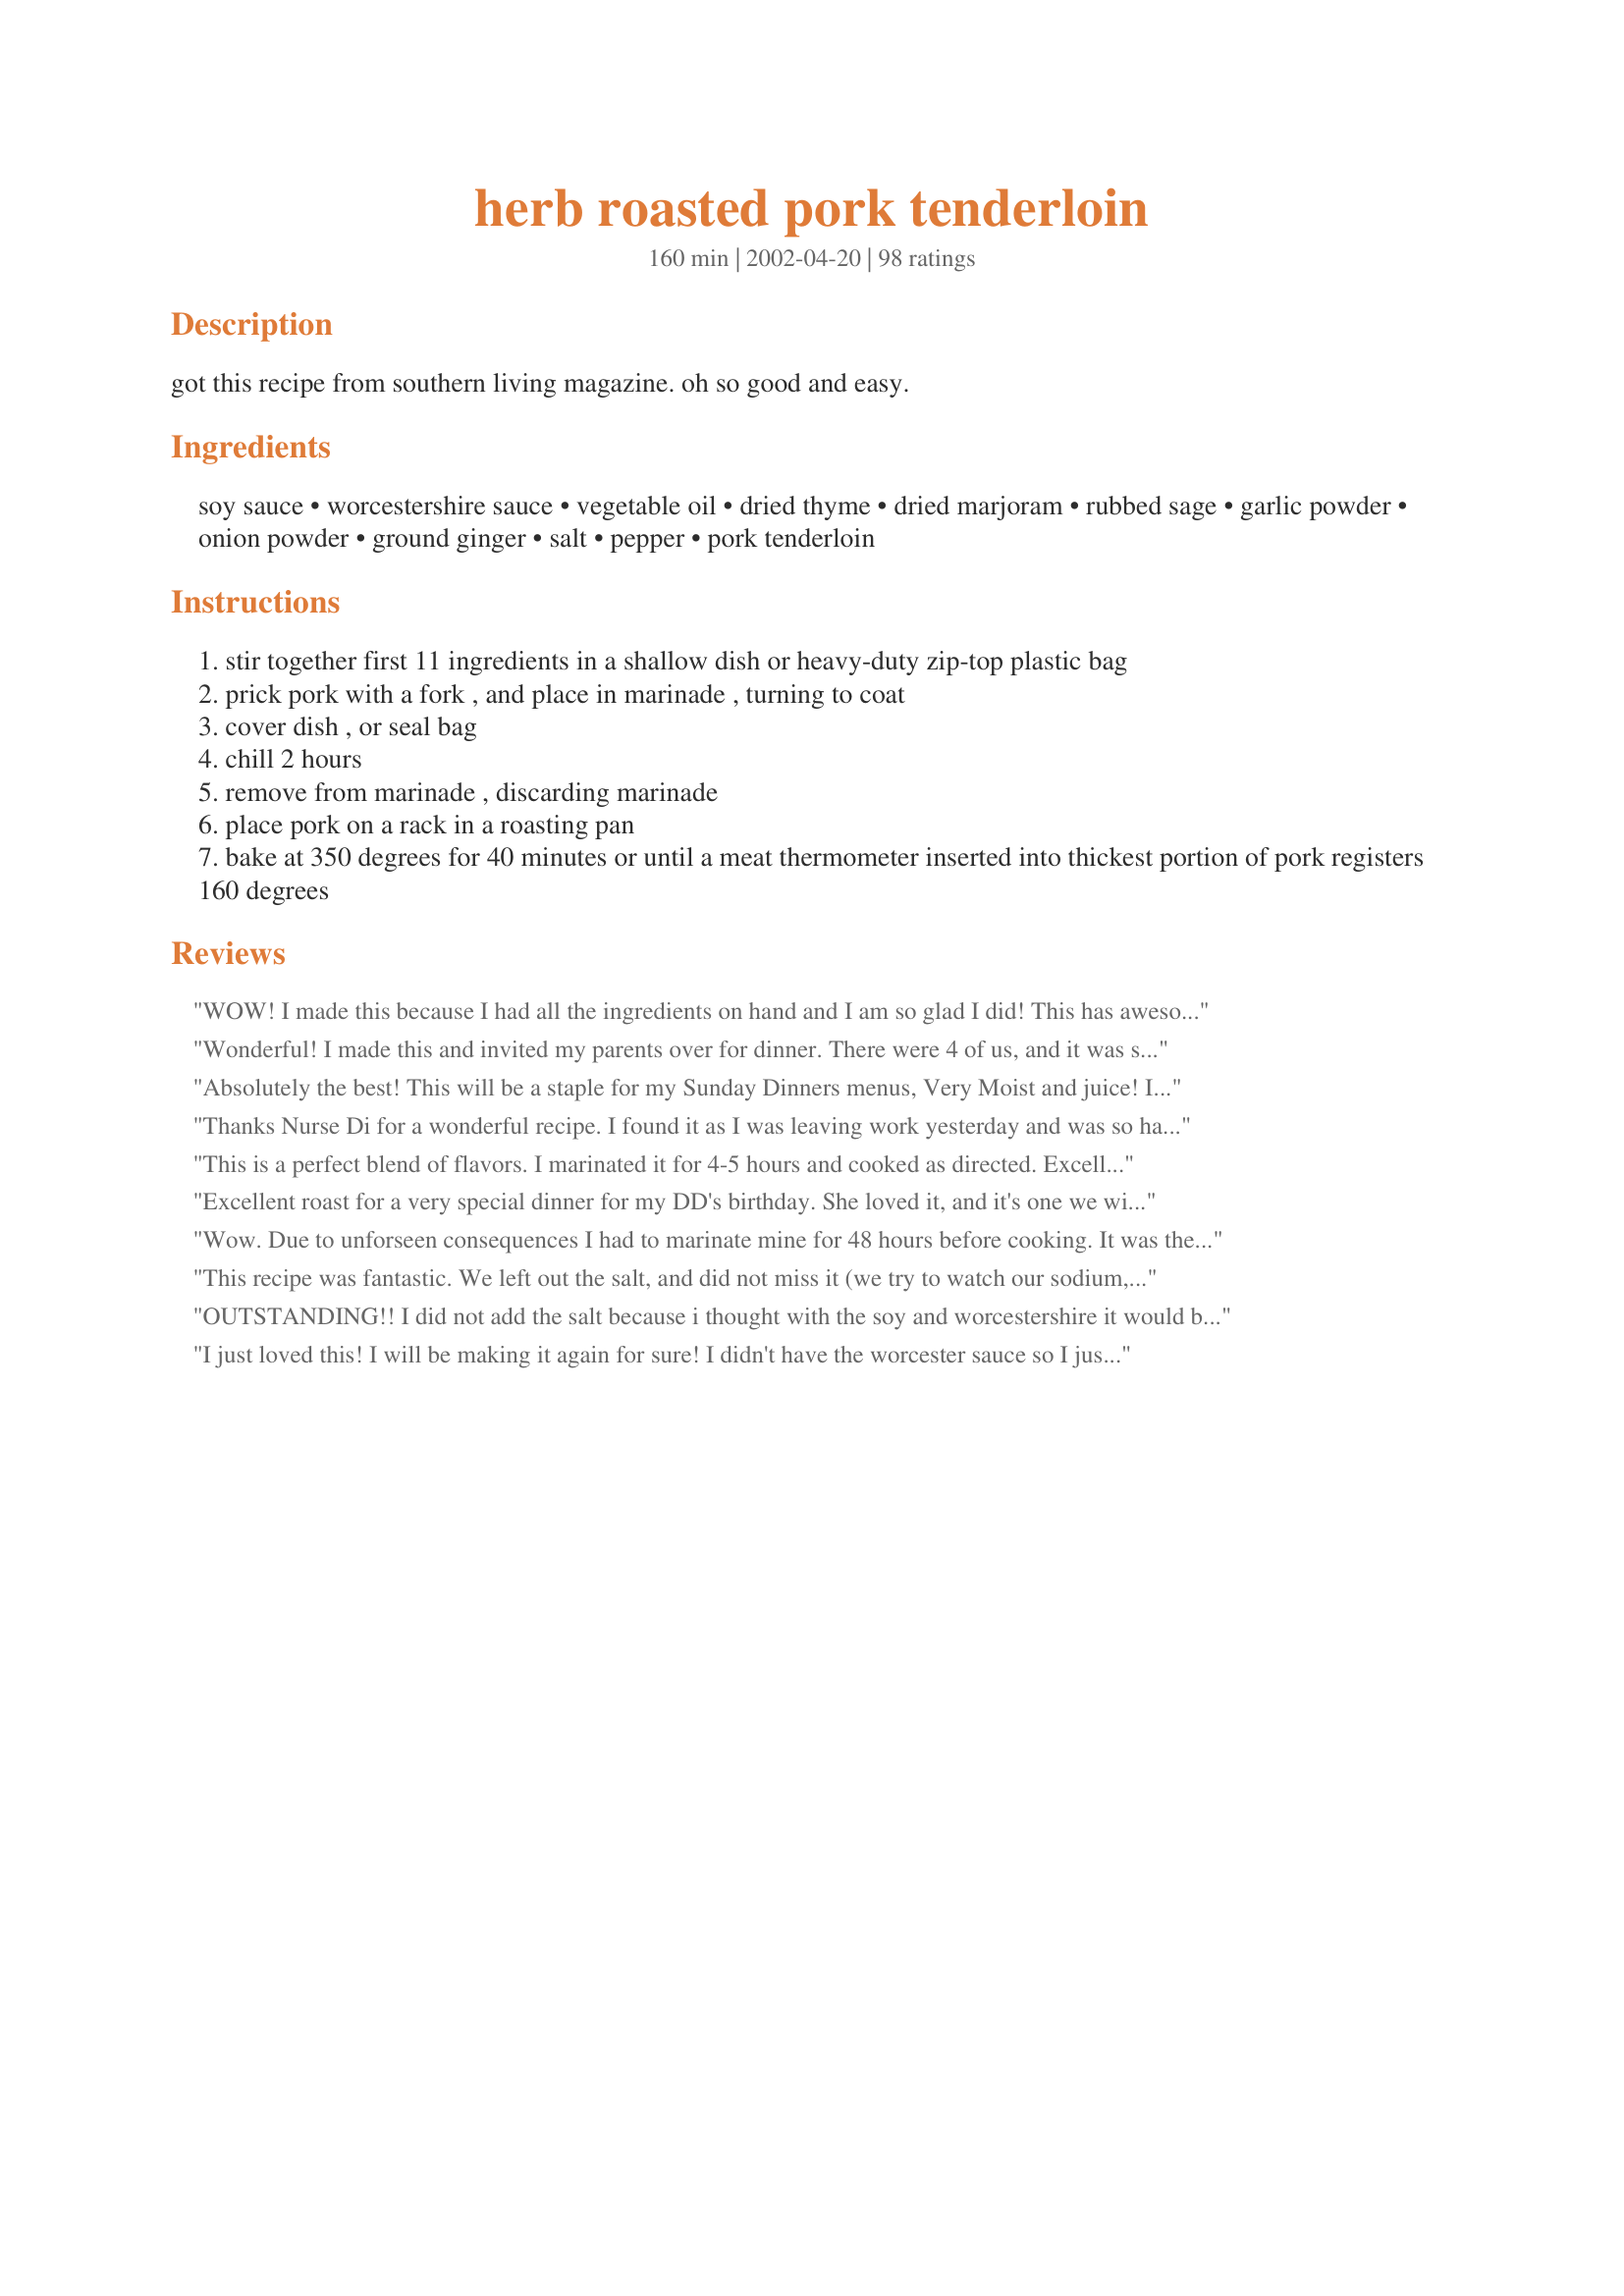
herb roasted pork tenderloin
Preparation time: 160 minutes

got this recipe from southern living magazine. oh so good and easy.

Ingredients:
soy sauce, worcestershire sauce, vegetable oil, dried thyme, dried marjoram, rubbed sage, garlic powder, onion powder, ground ginger, salt, pepper, pork tenderloin

Steps:
stir together first 11 ingredients in a shallow dish or heavy-duty zip-top plastic bag
prick pork with a fork , and place in marinade , turning to coat
cover dish , or seal bag
chill 2 hours
remove from marinade , discarding marinade
place pork on a rack in a roasting pan
bake at 350 degrees for 40 minutes or until a meat thermometer inserted into thickest portion of pork registers 160 degrees

Reviews:
WOW! I made this because I had all the ingredients on hand and I am so glad I did! This has awesome flavour! I am going to go suggest this to my WW buddies!
Wonderful! I made this and invited my parents over for dinner. There were 4 of us, and it was so good that their were no leftovers. I marinated for about 20 hours and then grilled outdoors rather than roasting in the oven. Thank you for sharing this recipe.
Absolutely the best! This will be a staple for my Sunday Dinners menus, Very Moist and juice!
I add extra marinade in the last 15 minutes of cooking and sliced the Poke in to slices. I served it with Garlic Butter Baby Potatoes.
Thanks Nurse Di for a wonderful recipe. I found it as I was leaving work yesterday and was so happy that I knew I had all of the ingredients at home. Only was able to marinade for 1 1/2hours, so I cooked the tenderloin in the marinade. It made my dish pretty messy, but the meat was wonderful. Had to cook about 15 minutes longer that your original 45 mintues and then let it rest for 10 minutes before cutting into it. Wasn't a big deal for me as it gave me extra time to make the side dishes. The ONLY thing I think I will admit next time I make this is the tsp of salt. I think the soy sauce has enough saltiness to it. Thanks again for a great recipe, DH enjoyed it and picky DS actually ate 2 pieces and he never eats pork tenderloin. :)
This is a perfect blend of flavors. I marinated it for 4-5 hours and cooked as directed. Excellent pork tenderloin recipe! Thanks for posting.
Excellent roast for a very special dinner for my DD's birthday. She loved it, and it's one we will surely have again!
Wow. Due to unforseen consequences I had to marinate mine for 48 hours before cooking. It was the best tenderloin I can remember eating!
This recipe was fantastic. We left out the salt, and did not miss it (we try to watch our sodium, and the soy and w'shire have plenty). We reserved the marinade, brought to a boil, added a bit of beef stock and some cornstarch to thicken and it made a fantastic "gravy". Even with that extra step it was fantastically easy. The meat alone was so juicy, even delicious reheated as leftovers!!! Thank you!
OUTSTANDING!! I did not add the salt because i thought with the soy and worcestershire it would be salty enough.
I just loved this!
I will be making it again for sure!
I didn't have the worcester sauce so I just doubled the soy sauce and it worked great!
Very tender and juicy.
A must make for your family!
Just want to add my 5 stars to this excellent SL recipe! Don't let the long list of ingredients deter you - it's easy and good enough for company!
Super! I would use a little less sage next time as it overpowered a bit.
I made this exactly as shown. It was easy to do and made with ingredients I already had. The house smelled wonderful and all three generations I was feeding loved it! Tender, flavorful and juicy - perfection! Thanks for sharing this NurseDi.
I fixed this for supper this evening, I didn't have any marjoram, but I did have fresh rosemary, so I used that as a sub. It was awesome!! I also preheated my oven to 500 degrees and cooked the 1.5 lbs pork loin for 7 minutes then turned off the oven for 1 hour, letting the loin cook in the hot oven. It was perfect!
Really great! Tastes great and is really moist. Yummy!!!!!!!
The tenderloin did come out very tender and moist. It did take longer to cook in my oven. I think I would like to marinade longer next time. It was only 3 hours today. It had a nice flavor and was eaten by all.
This was a great marinade, a little tangy, a little salt...very different from my handed down way of doing a pork roast. I am happy I tried this. The family loved it, it was very moist and a definate keeper! Thanks so much for posting! (I also marinaated for almost 5 hours. This recipe is very adjustable on the time)
Yum! I let this marinate for five hours. The flavor was incredible.
Absolutely luscious! After marinating the pork I seared the pork in a little oil, laid it on a rack in a pan in the oven on 350* until it reached the 160*. When it was done I allowed it to rest 10 min. while it was resting I melted two tbl. butter with a dab of olive oil, pinch of thyme, and a few grinds of fresh black pepper. After slowly melting the butter combo, I drizzled this over the cut meat. It was like butter to cut and even better to eat. Everyone was in Heaven around the table. My son's gf was smiling.This is a keeper for sure! Thank you so very much for a delicious meal.
This was excellent! My whole family loved it, and it was so quick to put together. I think it would be even better on the grill once it's grill season. A definite keeper- thanks for sharing!
Delicious, I made this last night my son absolutely loved it, gave it a big 2 thumbs up. I did do what a couple of other people had done and that was strain left over marinade, add some white wine, boil, and thicken with a little cornflour. My son thought it was amazing, I have to say it was nice but I think it was way better plain and done just how the recipe states. The flavour that came through the marinade was enough and it came out tender and moist, so it didn't even need it, because it was a little dry. My hubby is out of town til tomorrow so I will look forward to making it again for him. There are times I change recipes or take other peoples suggestions as I did here. It is all down to personal choice but next time I will make exactly as is, I think it is perfect this way.
We really enjoyed this - DH loves porkloin (we were out of tenderloin). I followed the recipe exactly - not going to change a thing. An easy, delicious start to a great meal. Thanks.
First off, let me appologize for not rating this sooner...I really thought I had! I have been making this recipe now for about a year and a half and everyone always loves it! It's super easy and delicious! This deserves so much more than 5 stars!!! Thanks for a great recipe, I use this all the time! Yummmmm!!!
Wonderful! I left out the marjoram (had none on hand).
It was tender and moist.
Super easy!!! Will keep this in my rotation of dinners.
10 Star rating if I could!!! Excellent. My only problem <Kicks self in head> was that I only bought 1 tenderloin. I have never made this before and didnt know how much I would need. My 13 yo son devoured it. We all loved it alot. I did add 1 1/2 cloves minced garlic and 1/2 tsp of white pepper. Marinated for about 7 hours. It was fantastic!! Thanks for a great post!!
Karen
This roast was fantastic! Didn't need a knife to cut it. It was like butter! Fantastic flavor. Will be doing this again and again!
I tried this over the weekend and it is crazy good. We used boneless country-style pork ribs and threw 'em in the crock pot for about 4 hours on low. Very tasty.
A simple and straight forward recipe that results in a well seasoned roast. I particularly liked that the flavors were subtle and did overwhelm the dish or menu.
I used this recipe for a recent valentine's day fund raiser at my church (40+ people). I followed the recipe to the T, but I let the pork cook in the marinade. Once they were done I rinsed the pork off with warm water to get rid of the gritiness. And it was absolutely amazing!! the most tender cut of pork I had ever had in my life. Everyone loved it and I had many ask me for the recipe. Thank you for posting! this is one for the personal cookbook!
This recipe made a delicious pork tenderloin. Awesome spice combination in the marinade. We cooked just as your instructions said to and the meat was perfectly tender and juicy. Outstanding!!
My Family Loved This. Made a gravy with left over marinade. Moist and Tender!
Thanks
Once again, Southern Living Magazine, has a wonderful recipe. We had it tonight for our Easter dinner, and it was so simple to make after a long morning at church. It took maybe 3 minutes to put together the marinade in a large plastic bag and placing the tenderloin in with those seasonings. After it cooked for about 15 minutes, I placed a washed carton of grape tomatoes in the pan to roast with the tenderloin. What a delightful way to add another vegetable and they added another layer to this recipe. The tenderloin was half finished prior to putting on the table from the "nibblers". A glorious meat dish on a glorious day! Thanks, ratherbeswimming!
Yummy, This is definitely going to become a regular recipe in my house especially when it's cold out and I can't bbq the pork tenderloin.
I enjoyed this. I used half a pork loin, rather than the tenderloin, so I had to cook it longer. I also marinated it for about 6 hours since it was larger. It was still cooked just about perfectly . I think using the tenderloin would have been the best choice. I think the flavor of the marinade would have been more noticeable. This is a good choice was a simple, lovely meal.
This has a great taste and it uses ingredients that are always on hand. I didn't have 2 hours to marinate it so I let it sit in the marinade at room temperature for 1 hour. Very tender and very nice - I will make this again! Made for 2009 Favourites. Thanks ratherbeswimmin'! :)
Fabulous! DH must have commented at least four times during dinner, "This is just delicious!" You have to love a recipe that is so easy to make and so scrumptious. I made it exactly as the recipe prescribed, but it took closer to 60 minutes for the tenderloins to finish (the thick part was very thick). This is a definite keeper. Thanks for posting!
Excellent flavor. I marinated for about 5 hrs and the meat was delicious. The cook time was spot on for me. Thank you for sharing this recipe with us. The next time I make this I want to use my fresh herbs and see how that is.
This was the easiest to prepare and it tastes absolutely delicious. Since there are only the two of us, I used one single tenderloin and halved all the other ingredients. I chilled it for several hours and decided to grill it on the BBQ. I seared the meat on all sides, dipped it one more time in the marinade and then used the indirect method of grilling for about 20 minutes. It was moist, tender and great tasting. We both loved it and thank you for sharing this easy way of preparing pork tenderloin. A keeper for sure!
This was just wonderful, a great alternative to the same old boneless skinless breasts that I make a lot during the week because its easy. I threw it in the fridge in the morning to marinade and then popped it in the oven when I got home.Soooo Gooood!!
This was ok. I didn't think there was much flavour from the marinade (I marinated overnight), with the exception of the soy sauce (I used low-sodium). The tenderloin was perfectly cooked, but I'd use a different recipe next time.
MMMMM Pork Perfection! Thank you so much for sharing this recipe. I've never been incredibly excited to make Pork Tenderloin because I've found it either turned out too dry, too flavorless, or the opposite extreme too salty when I tried the pre-marinated grocery tenderloins. I put a pack of 2 tenderloins in the marinade a few hours before dinner. Then taking Chef's suggestion I did a quick sear on the grill before grilling them for an additional 20-25 minutes. Rested for 10 minutes. Every bite was a tender little morsel bursting with great flavor. I am now excited to make Pork Tenderloin and my family can't wait either!
Thank you, thank you, thank you!
Love this dish, I marinaded it over night then put it in a slow cooker on low for 8 hours with veggies and some broth. It was amazing, its our new favorite pork dish !
Awesome recipe. Very nice change from the sweet marinades/flavours. The tenderloin melted in your mouth and the balance of herbs was perfect. The only change I'd make is to use low-sodium soy sauce next time.
this is great! I usually take half of the tenderloin and cook it, and freeze the other half w/the remainder of the marinade. It is so nice to have it on hand when I don't feel like cooking. I also took the advice of another reviewer and made a sauce from the drippings and some white whine. It makes a beautiful plate!
With 92 reviews this had to be good - some great cooks out there. Thanks for an easy and delightful pork recipe.
Excellent and easy! The tenderloin stays moist, and is fork-tender. I didn't have the exact herbs and had to substitute a few, but the recipe was still wonderful. My very picky husband loved it, and wants me to make it again.
Absolutely delicious and very easy with readily available ingredients...good enough for me to figure out how to write a rated comment in Recipezaar. Good enough for company and easy enough to prepare with short notice that company will be coming for dinner. Good enough for my 'permanent recipe file' and sure to become a favorite in our house.
Excellent. Very moist and tender. I did have to roast mine 15 minutes longer. I made as directed with the following modifications. I used 1 teaspoon Italian Seasoning in place of the majoram and sage, added 1/4 teaspoon poultry seasoning, only used 1/2 of the ginger and then used the other seasonings as directed. I did marinade mine for 4 hours. Great meal! Thanks ratherbeswimmin!
Oops, forgot to add the five stars in my first review. I would give this 10 stars if i could.

Raylene
This was perfect!! Hubby raved too. Will definitely make this again. Thanks!
Great recipe! I used one 1.5 lb tenderloin and the full marinade. And I couldn&#039;t help it, wrapped it in 5 slices of bacon :) This is an excellent cooking method and the meat was incredibly tender. Next time I will omit the salt for personal pref. Served with French Tart&#039;s Cauliflower Gratin and roasted asparagus. Thanks for the keeper! *update it took 55 minutes to cook to temp this time around
The aroma was unbeliveable.As the pork loin was roasting i couldnt wait to eat.The flavor was great. I will be using the marinade on my next London Broil.I can already taste it.Thanks for sharing .This is definitly a keeper.
OK, but not over the top for my family.
This is an excellent marinade for venison loin too. In fact, we liked it with venison better than pork. Maple-glazed BBQ Pork Tenderloin is still our standard.
This recipe is wonderful! I was going to use a packaged seasoning but found this recipe before I started my meal. I had all the ingredients on hand and it was easy to make. It was very tender and the house smelled wonderful while it was baking!
This was good, the whole family liked it. It was a bit salty though, so next time I would use the low sodium soya sauce.
Absolutely delicious and tender!
I also sauteed a little butter and garlic and poured over after cooking. yummmmmy! I followed the recipe as written and this will be my GO TO recipe for pork tenderloin from now on. Thanks!
I can't elaborate any more on what others have said. This was wonderful! Thank you for posting.
NurseDi I can always count on your for recipes I can count on. I had a whole pork loin (almost 4 lbs.)I followed the recipe exactly as far as the other ingredients. I cut the loin into 8 thick pieces and put them in a large ziplock bag and marinated over night. I cooked this in my Nesco at 300 degrees for about 2 hours and I also cooked it in the marinade. The people that ate it kept saying over and over how good it was. Thank you for posting this recipe.
Good marinade. It is very herb-y, some might want to decrease the amounts of the spices.
OMG this went over HUGE! I had a 7lb pork roast and no time to marinate it so I cut slits in the top in a criss cross and stuffed the spices down in, sprinkling soy and worcestershire over it and rubbing it in. It took forever to cook (it was huge!) and the spices really sunk down inside giving it the best flavor I have ever had. We then sliced it thin and served it up on fresh hot french bread topped slices with cold garlic cream sauce from this recipe http://www.recipezaar.com/99163 and we were in HEAVEN! Thanks for sharing this recipe! AAAA+
We made this recipe exactly how it appeared and wouldn't change a thing. However, we did this on the charcoal grill using indirect heat for 40 minutes. It was tender and juicy. Awesome.
This is a winner! Everyone in my family loves this dish. So tender and so flavorful. I mix the marinade and add the pork before I go to bed, and cook it the following afternoon. Be sure to let the refrigerated meat lose the chill (not quite to room temp) before roasting. A definite new star in our dinner rotation! Plus, buying the tenderloins at Costo makes them reasonably priced for tenderloin, too.
This was a great way to fix pork tendedrloin! It came out fork tender, juicy, and flavorful! My roast marinated about 4 hours before cooking. We all thought the ginger was a little strong so next time I prepare this I will cut that down but that is just a personal preference. I followd another reviewers advice and deglazed the pan using butter and I use a splash of chardonnay instead of olive oil, then drizzled that mixture over the sliced pork. Absolutely a heavenly stressfree meal that would be perfect even for weeknights!
So, after I started this recipe, I realized I didn't have Sage. Oh well, it was great without it. I strained and boiled the marinade for a zippy "au jus". I thought it would be a bit spicy for the kids, but even my 2 year old ate several helpings.
I balanced the savory/spicy taste with rice pilaf and buttered sugar snap peas. What a hit!
Wow! I made this last night for myself and DH, and we both loved it. I followed the recipe as written except that I substituted fresh sage and ginger for the dried (didn't have dried). I pulled it out of the oven at 150 degrees, because we like our pork medium, rather than well done. This was the juiciest pork loin I have ever had, and the seasoning was outstanding. DH commented that he loved the texture of the herbs on the outside, and wanted to make sure this goes into the regular dinner rotation. Thanks for a great and easy recipe!

Ingrid
The best pork tenderloin I have ever made. The kids even loved it. I reduced the worcestershire to 2 Tbsp, reduced the garlic powder just a bit and omitted the salt. It was absolutely fantastic and I have put this in my "best recipes" file. Thx so much.
The ease of preparation is what attracted me to this recipe, as I had waited too long to get in an overnight marinade. I&#039;m glad I tried this. Both hubby and I enjoyed the moist and tasty pork. My roast was quit a bit bigger and slightly frozen, so it took a few minutes longer, but not many. I feared the soy sauce would make it too salty, so I reduced the salt a little , and it was just right. (We&#039;re trying to eat less salt.)
This has become a family favorite. It is great for in the winter when grilling is difficult. We love it and have it a couple times a month. Thanks!
This recipe was unbelievable! I only intended on us eating 1 tenderloin for dinner, but it was so good we almost finished the second one too!

I did use 1tbsp of Italian Seasoning instead of the thyme, marjoram and sage as I don't have any marjoram. The only other thing I changed is we did it on the bbq instead of in the oven. We seared it for 1 minute on each side at high heat, then grilled on medium heat for 10 minutes per side. After grilling we left it sit for about 15 minutes. It was amazing, nice and crunchy on the outside and extremely tender inside. 

Thank you so much! Now that I have found a place to get relatively inexpensive tenderloin I have a fantastic recipe to use for them!
Mmmmmmmm..

Used low sodium soy and fresh ginger but otherwise followed your recipe exactly. Delicious, tender and flavorful.
Made this yesterday for dinner. Let it marinate for 6 hours. Roasted it to a temperature of 145 degrees as the USDA lowered the temperature for cooked pork. We had two tenderloins, totaling 3 lbs, and they came out with some pink color to them, and we actually did cut them with a FORK... They were so delicious tasting, thanks to the wonderful marinade, and we're looking forward to grilling them on our Weber charcoal grill soon. Thank you so much for another wonderful recipe.
This is soooo good!!! The only change I made was to shorten the baking time to 35 min. Then I covered the meat with foil and let it rest 10 min.
Delicious! Thanks.
I pierced the meat all over and marinaded for 24 hours, but I omitted the salt and used Olive oil. I seared the 2.61 lb. of tenderloins on the stove top in a hot cast iron skillet, and then roasted in the same skillet for 15 minutes at 350 degrees. Came out absolutely perfect with a little pink in the center and tender. We all loved it! The spices went together great without any one spice overpowering another. Husband raved about how good it smelled before and after roasting. This is a keeper!
This is a wonderful and easy recipe!! I followed it exactly except I didn't have ground ginger so I used fresh minced ginger instead. Worked well. I also boiled up the marinade and thickened with some wondra to create a nice gravy. My dinner guests all loved this dish, it was so tender, flavorful and not overcooked!! I will be making this again, thanks!!
This was really tasty and made the pork VERY tender. I left out the marjoram and the salt. I definitely would make this again.
I bought all the ingredients for this and my Dh actually made it while I was at work. I walked in the door and the fabulous smell just about knocked me down! It was juicy and so tasty. The garlic and herbs were a perfect blend - no one predominant flavor - just an incredibly savory blend of flavors. A five star winner.
Another wonerful recipe. I can always trust you to come up with a winner. Wouldn't change a thing. Simply delicious. Thanks.
This has to be the best pork recipe I have ever prepared and enjoyed! We're not bif pork fans - it has to be prepared just so - and this is just so! Super tasty, with no one flavour being over powering!
Thanks for sharing the recipe - it appears on our menu weekly!
This turned out great. I had to make some additions and substitutions.

Used 1T Italian Seasoning for thyme, marjoram, and sage. Used 1t Greek Seasoning for Salt and Pepper. Added 3T Brown Sugar, and a dash of Sesame Oil, Liquid Smoke, and a splash of White Vinegar (out of Rice Wine Vinegar).

Marinated for only 2 hours, would recommend overnight, but my hope for leftovers that I could use for lunch next week were ruined, because my three rugrats ate 2 whole tenderloins while I was at work last night!

Thanks for Sharing this keeper.
ChefMei
Made this for Easter 2011. Everyone loved it. Will make again. Thanks for sharing!!
a good fast marinade
Excellent! My family really enjoyed this...wouldn't change a thing. Very tender and super easy. Thanks!
Delicious tenderloin! I prepared this in an 11 x 7 pan without foil/liner. Once it reached 160 degrees internal temp, the liquid was somewhat carmelized on the bottom of the pan. I removed the tenderloin, sliced it and returned it to the pan and placed it back in the oven for 5 more minutes. The juices from the tenderloin combined with the carmelized drippings created a succulent sauce and was so good with the tenderloin.
We didn't like it.
Very good! I had to substitute dreid crushed basil and chopped green onion since I was out of marjoram and onion powder, and both my husband and son liked it a lot. I'll make it again.
absolutely delicious! so flavorful! used fresh thyme and sage-- DH LOVED it! thank you
Delicious! I'll definitely be making this again, but I think I'll leave out the salt since the sauces are salty enough for our tastes. Thanks for sharing this great recipe.
This was so delicious and flavorful! I chilled it for about 45 minutes as it was a last minute dish and didn't have the 2 hours to spare, and it still soaked up plenty of flavor! Will def be making this again.
Loved this! Pork tenderloin seems to be perpetually on sale where I live and this is the best recipe I have found for this so far. Great when first served but EVEN BETTER the next day! I loved the ginger flavour! Personally, I will not use the teaspoon of salt next time as I did find this a bit too salty. However, this could have been due to the pork already having been seasoned before purchase. I forgot to look at the label and suspect this may be the case. Keep an eye out for this as it can really effect the results of any recipe!
Absolutely delicious! Quick and easy with great flavor. Made a few subtle changes but all in all followed the recipe. It is a favorite of ours.

Thanks!
This was SO awesome. The marinade was perfect. I cut down the oil to about two tablespoons, and may omit it completely next time, as the pork came out moist and delicious and I don't think it made much difference. I boiled the leftover marinade with some white wine to make a gravy, and it was delicious as well. Without the oil, it fits perfectly into my Weight Watchers program, which makes it even better for me. Thanks so, so much! This will be made often in my house!
This was super easy and tasted great. My boyfriend is a hunter and we had a bunch of wild boar tenderloin. He said it was the best he ever had. thanks for sharing the recipe.
Awesome! My husband practically licked the plate clean!
Really fantastic recipe! I think I'll do pork tenderloins like this from now on. Easy and full of flavor, and I only marinated about 1 hour. I sprinkled a handfull of chopped onions over the meat before roasting. We LOVED this!
I prepared marinade just as written, except marinated for 6 hours. Next time I will reduce the worcestershire sauce (personal preference). I did not find the ginger to be overpowering - actually everything blended well. I did follow another reviewer, cooked at 500 degrees for 7 minutes and then turned oven off and let roast for 1 hour. Tenderloin cut like butter. This is a keeper. Thank you for sharing
This is excellent!!
